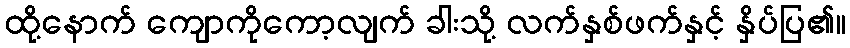
ထို့နောက် ကျောကိုကော့လျက် ခါးသို့ လက်နှစ်ဖက်နှင့် နှိပ်ပြ၏။